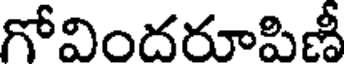
గోవిందరూపిణీ